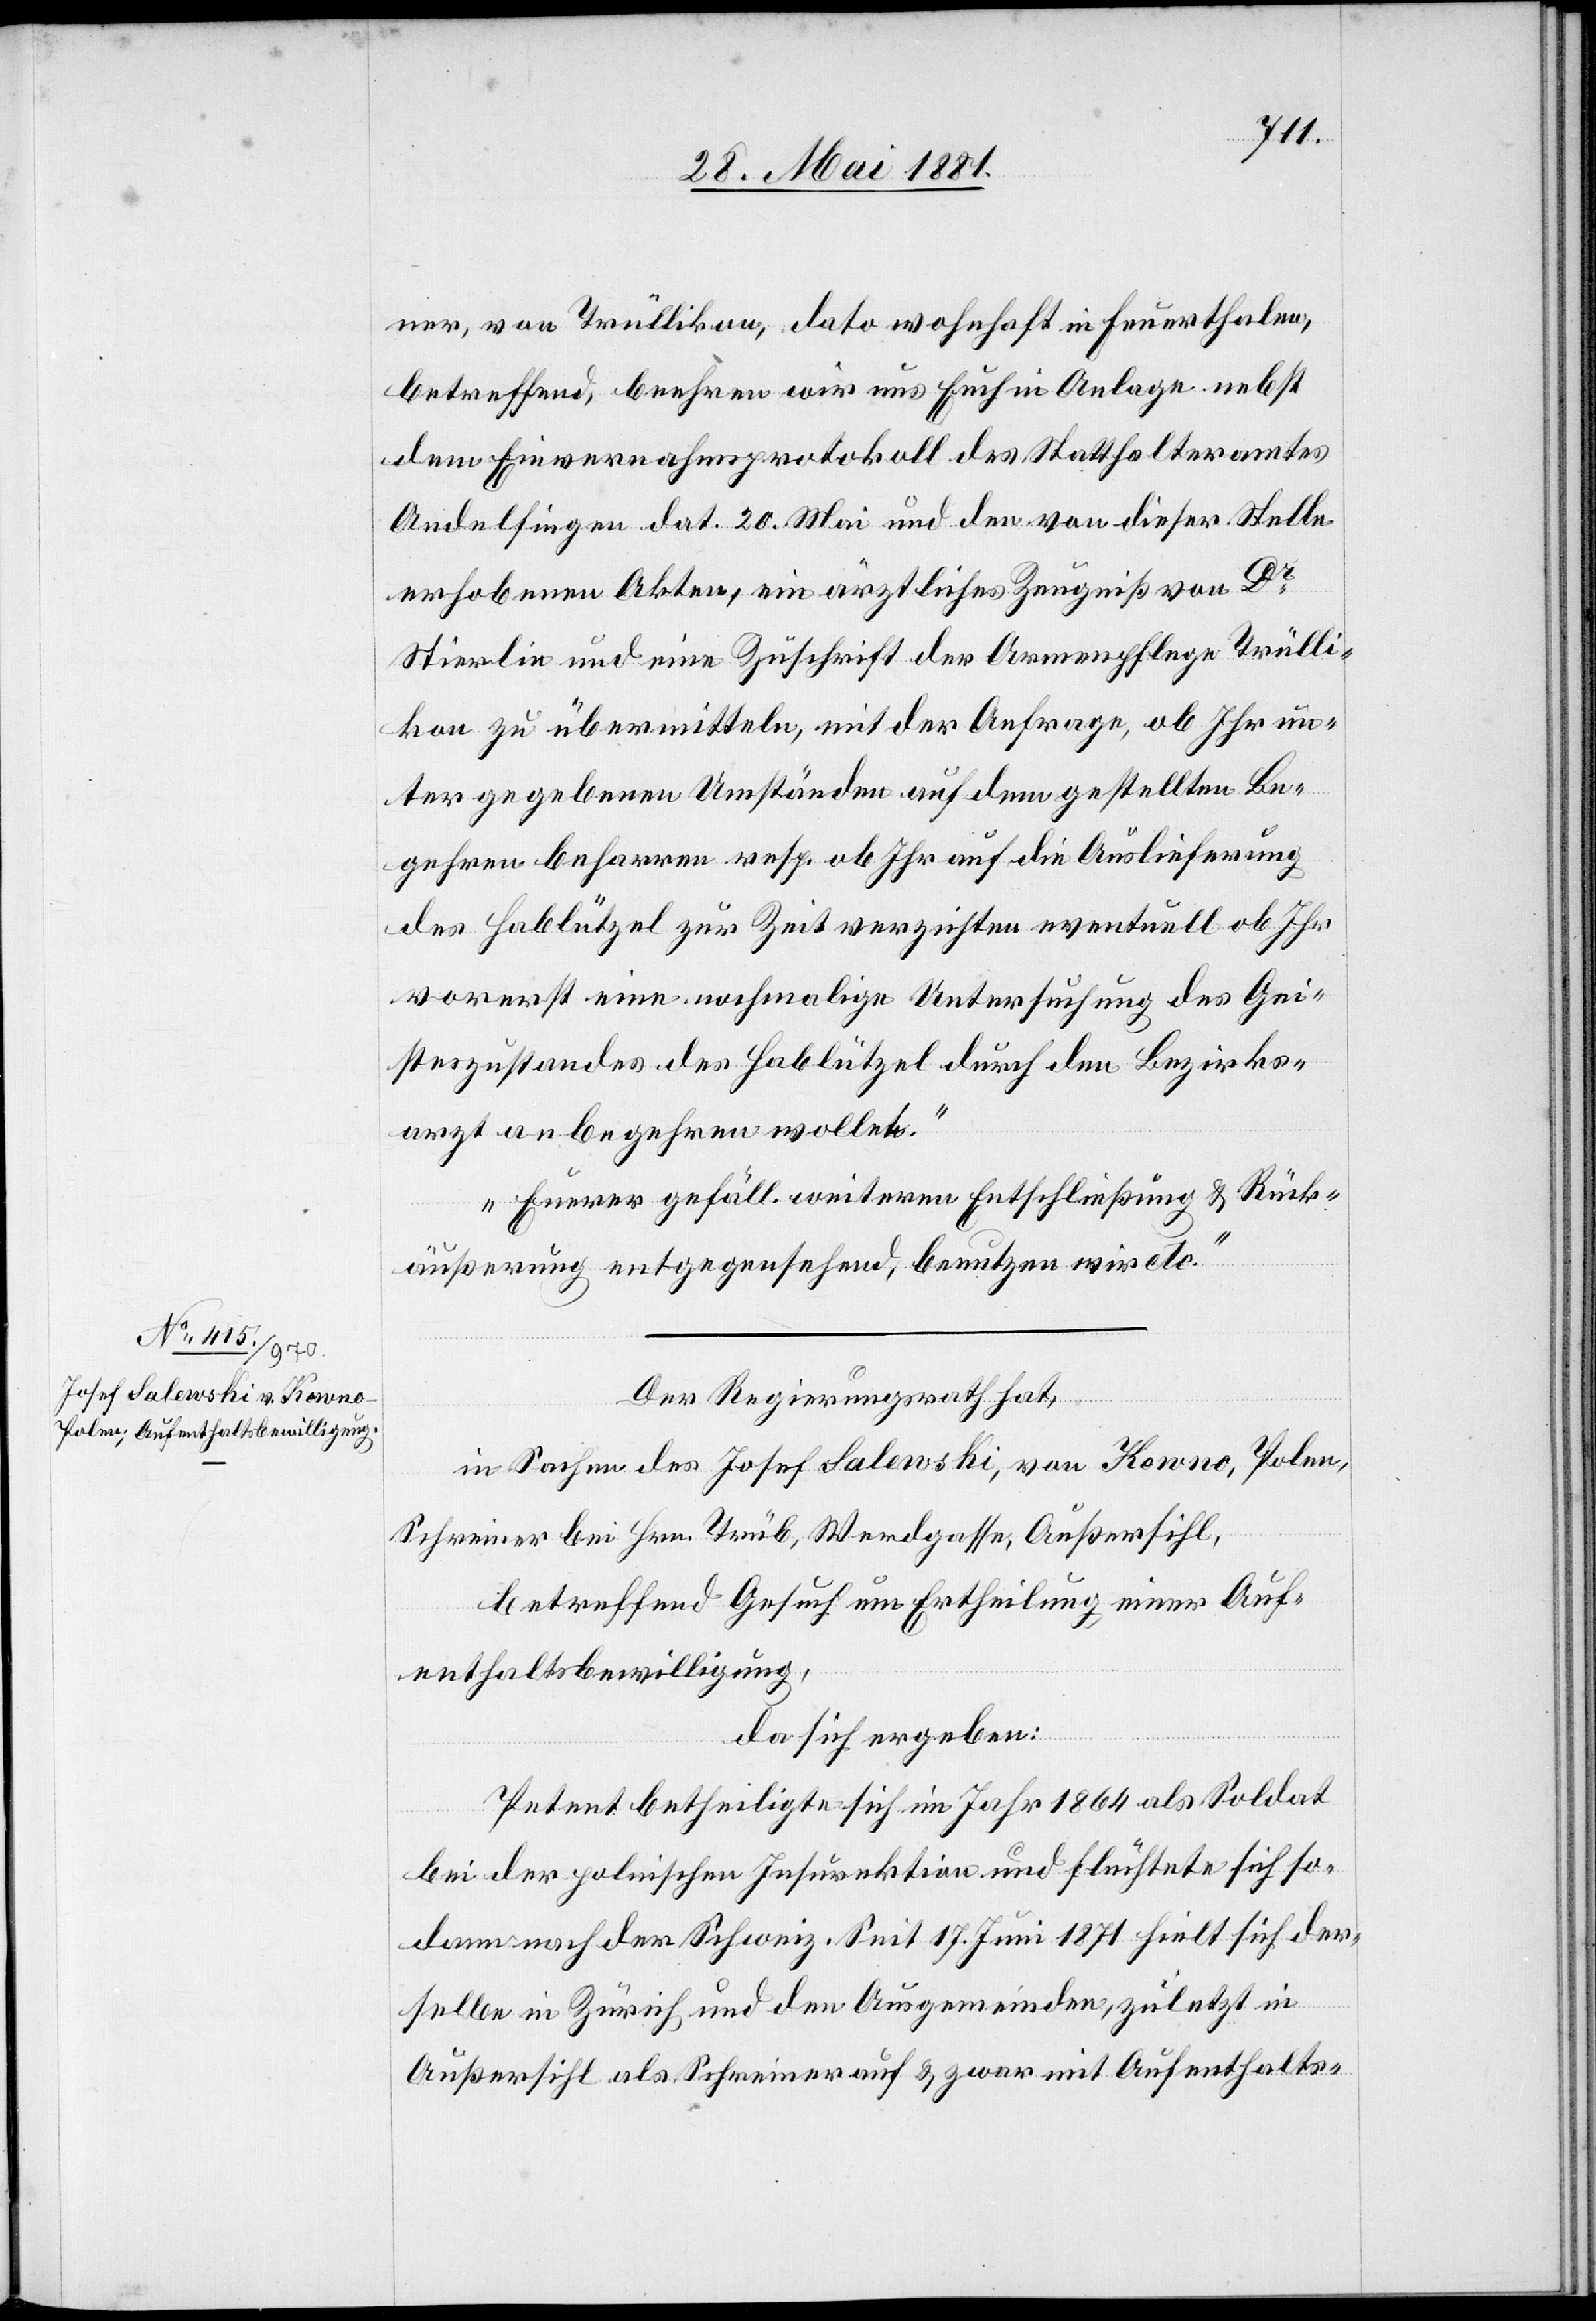
ner, von Trüllikon, dato wohnhaft in Feuerthalen,
betreffend, beehren wir uns Euch in Anlage nebst
dem Einvernahmsprotokoll des Statthalteramtes
Andelfingen dat. 20. Mai und den von dieser Stelle
erhobenen Akten, ein ärztliches Zeugniß von Dr
Stierlin und eine Zuschrift der Armenpflege Trülli¬
kon zu übermitteln, mit der Anfrage, ob Ihr un¬
ter gegebenen Umständen auf dem gestellten Be¬
gehren beharren resp. ob Ihr auf die Auslieferung
des Hablützel zur Zeit verzichten eventuell ob Ihr
vorerst eine nochmalige Untersuchung des Gei¬
steszustandes des Hablützel durch den Bezirks¬
arzt anbegehren wollet.
Euerer gefäll. weiteren Entschließung & Rück¬
äußerung entgegensehend, benutzen wir etc.
Der Regierungsrath hat,
In Sachen des Josef Salewski, von Kowno, Polen,
Schreiner bei Hrn. Trüb, Werdgasse, Außersihl,
betreffend Gesuch um Ertheilung einer Auf¬
enthaltsbewilligung,
da sich ergeben:
Petent betheiligte sich im Jahr 1846 als Soldat
bei der polnischen Insurektion und flüchtete sich so¬
dann nach der Schweiz. Seit 17. Juni 1871 hielt sich der¬
selbe in Zürich und den Ausgemeinden, zuletzt in
Außersihl als Schreiner auf & zwar mit Aufenthalts-